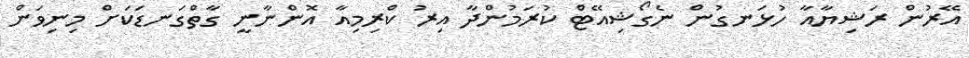
އޭރުން ރަޝިޔާއާ ހުޅަނގުން ނެގޯޝިއޭޓް ކުރަމުންދާ އިރު ކްރިމިއާ އޮންނާނީ ގާތްގަނޑަކަށް މިނިވަން